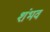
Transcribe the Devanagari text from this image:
शंभव